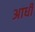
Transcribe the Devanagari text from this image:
अाधी